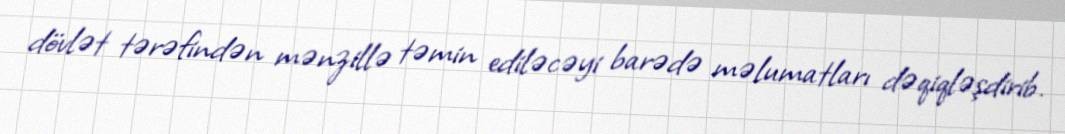
dövlət tərəfindən mənzillə təmin ediləcəyi barədə məlumatları dəqiqləşdirib.